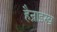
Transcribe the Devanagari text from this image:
हैन्राइख